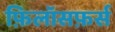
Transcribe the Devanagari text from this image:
फ़िलॉसफ़र्स